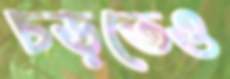
চড়তেও